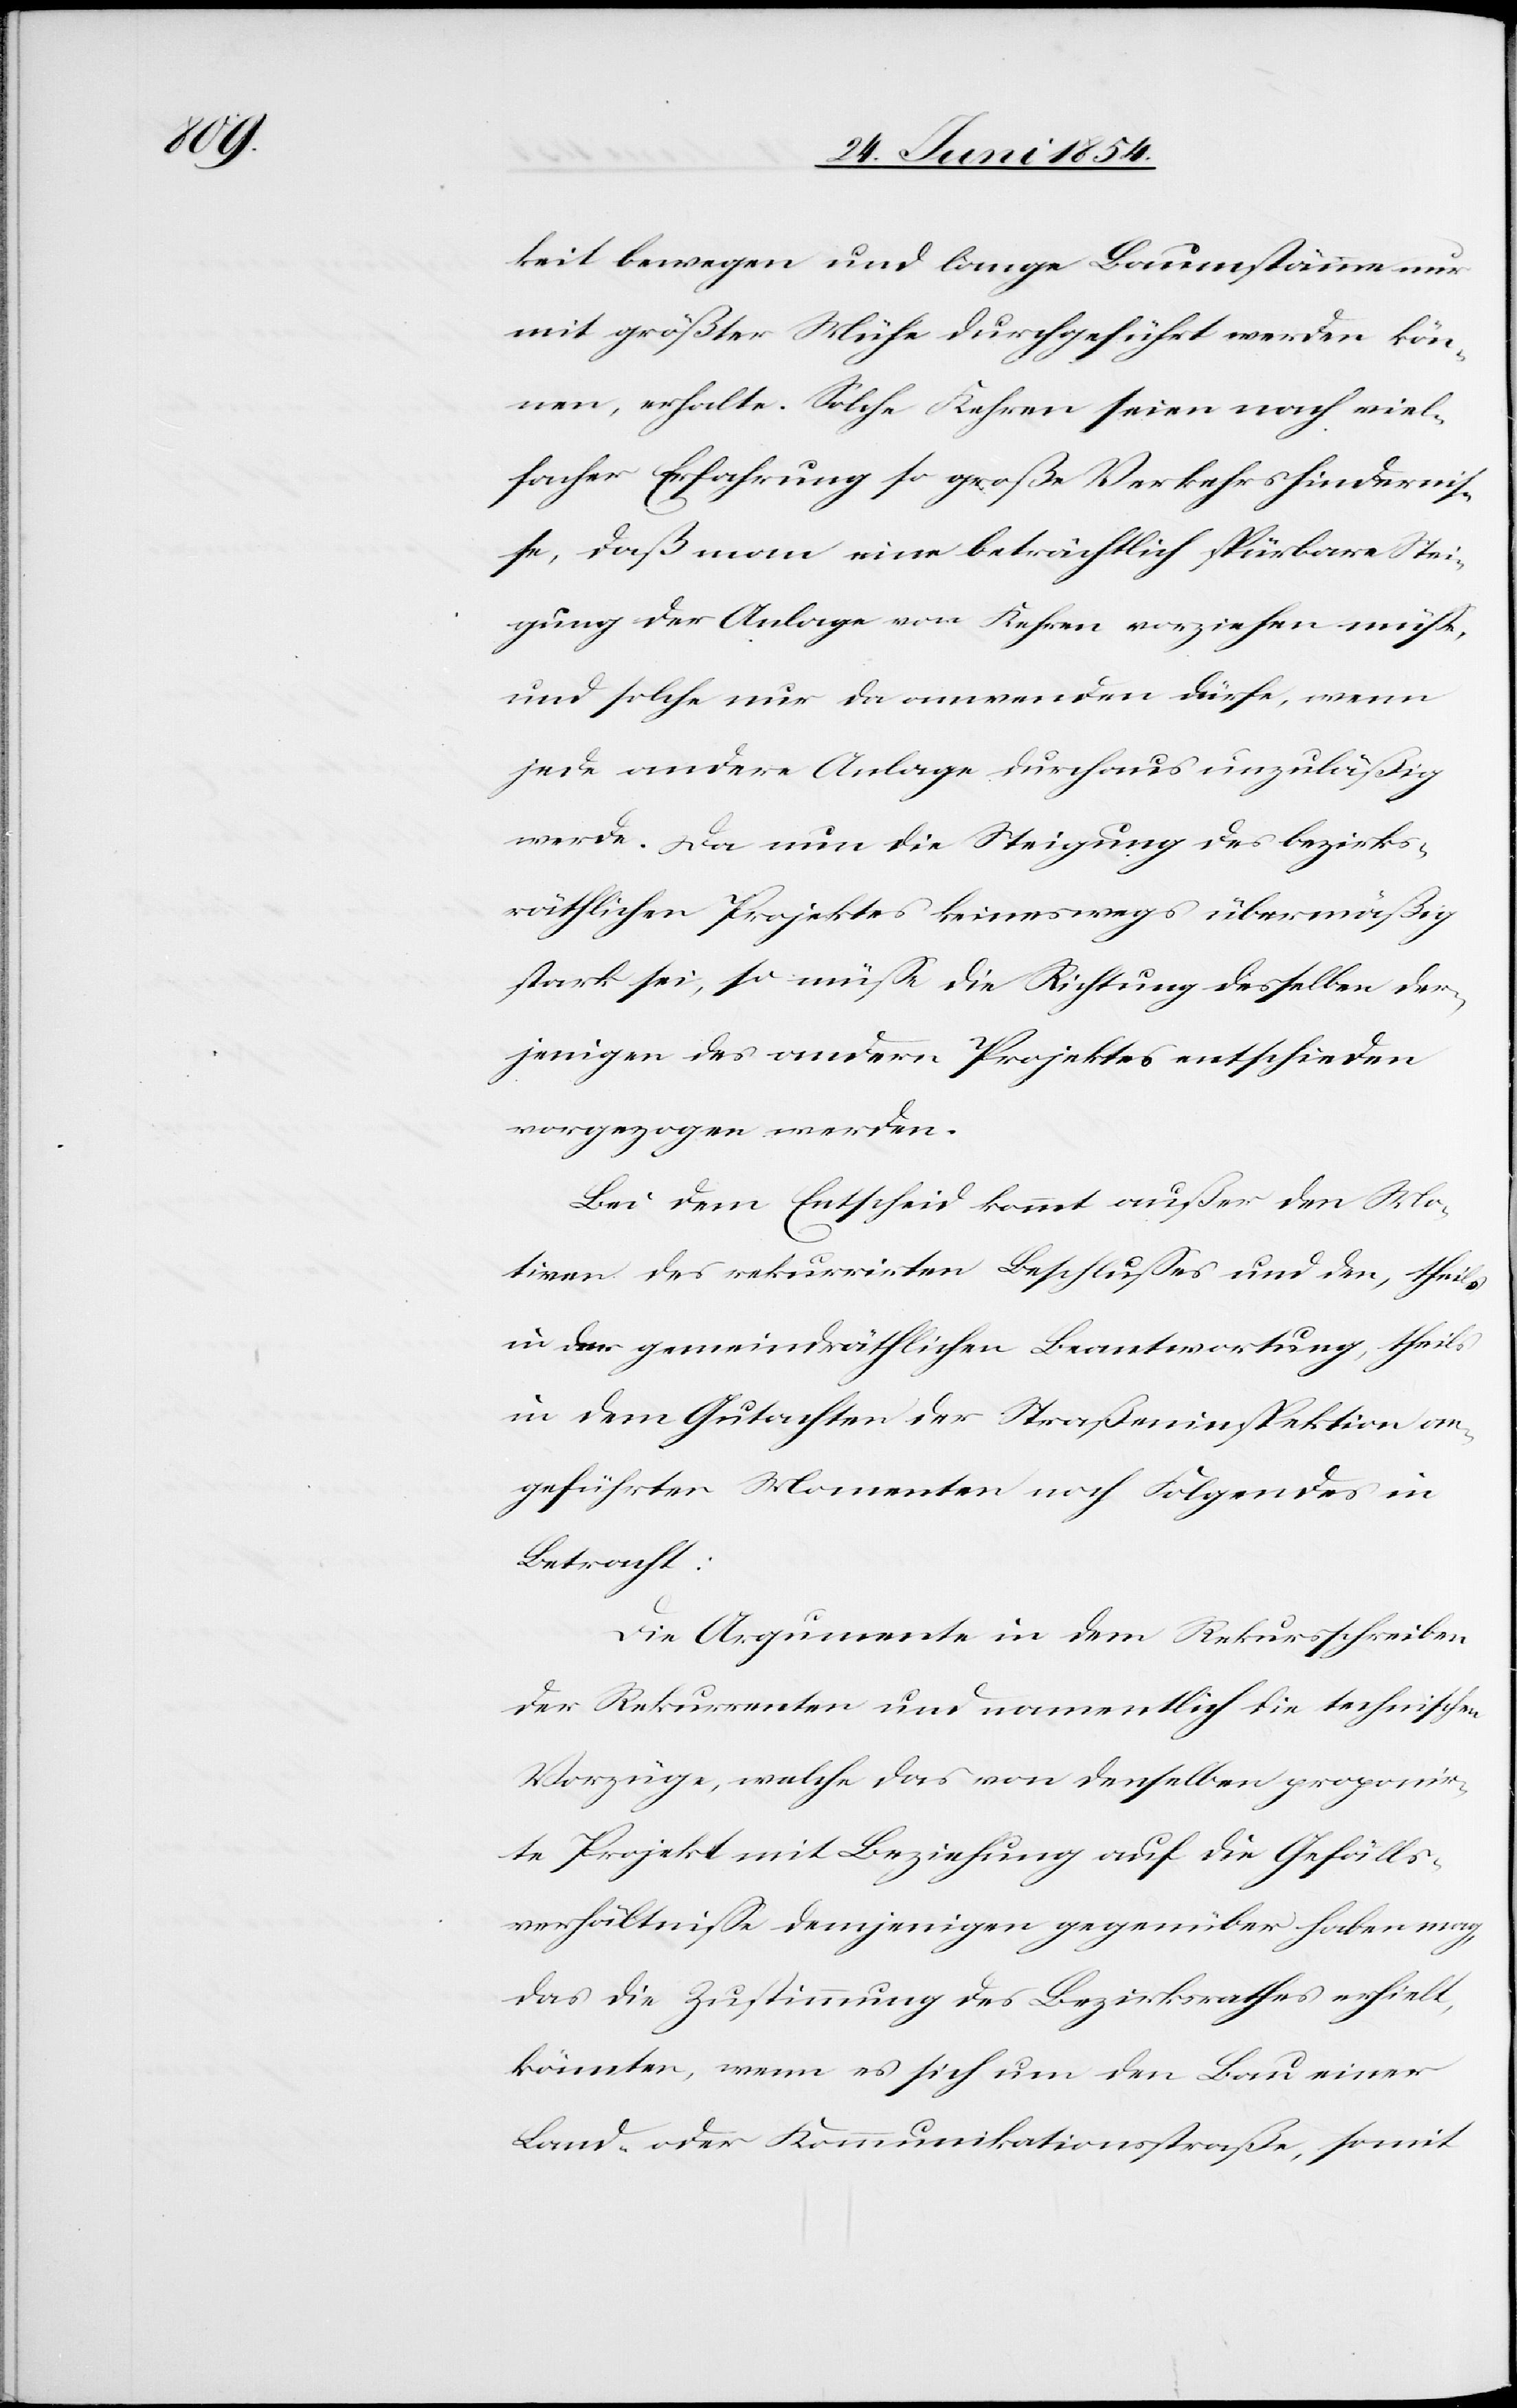
keit bewegen und lange Baumstämme nur
mit größter Mühe durchgeführt werden kön¬
ne, erhalte. Solche Kehren seien nach viel¬
facher Erfahrung so große Verkehrshinderni¬
ße, daß man eine beträchtlich spürbare Stei¬
gung der Anlage vor Kehren vorziehen müße,
und solche nur da anwenden dürfe, wenn
jede andere Anlage durchaus unzuläßig
werde. Da nun die Steigung des bezirks¬
räthlichen Projektes keineswegs übermäßig
stark sei, so müße die Richtung desselben der¬
jenigen des andern Projektes entscheiden
vorgezogen werden.
Bei dem Entscheid kommt außer den Mo¬
tiven des rekurrirten Beschlußes und den, theils
in der gemeindräthlichen Beantwortung, theils
in dem Gutachten der Straßeninspektion an¬
geführten Momenten noch Folgendes in
Betracht:
Die Argumente in dem Rekursschreiben
der Rekurrenten und namentlich die technischen
Vorzüge, welche das von denselben proponir¬
te Projekt mit Beziehung auf die Gefälls¬
verhältniße demjenigen gegenüber haben mag,
das die Zustimmung des Bezirksrathes erhielt,
könnten, wenn es sich um den Bau einer
Land- oder Kommunikationsstraße, somit